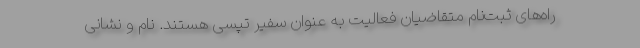
راه‌های ثبت‌نام متقاضیان فعالیت به عنوان سفیر تپسی هستند. نام و نشانی